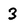
Character: 3